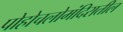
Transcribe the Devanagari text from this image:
पोहोचलोमंदिरातील